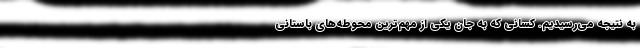
به نتیجه می‌رسیدیم. کسانی که به جان یکی از مهم‌ترین محوطه‌های باستانی